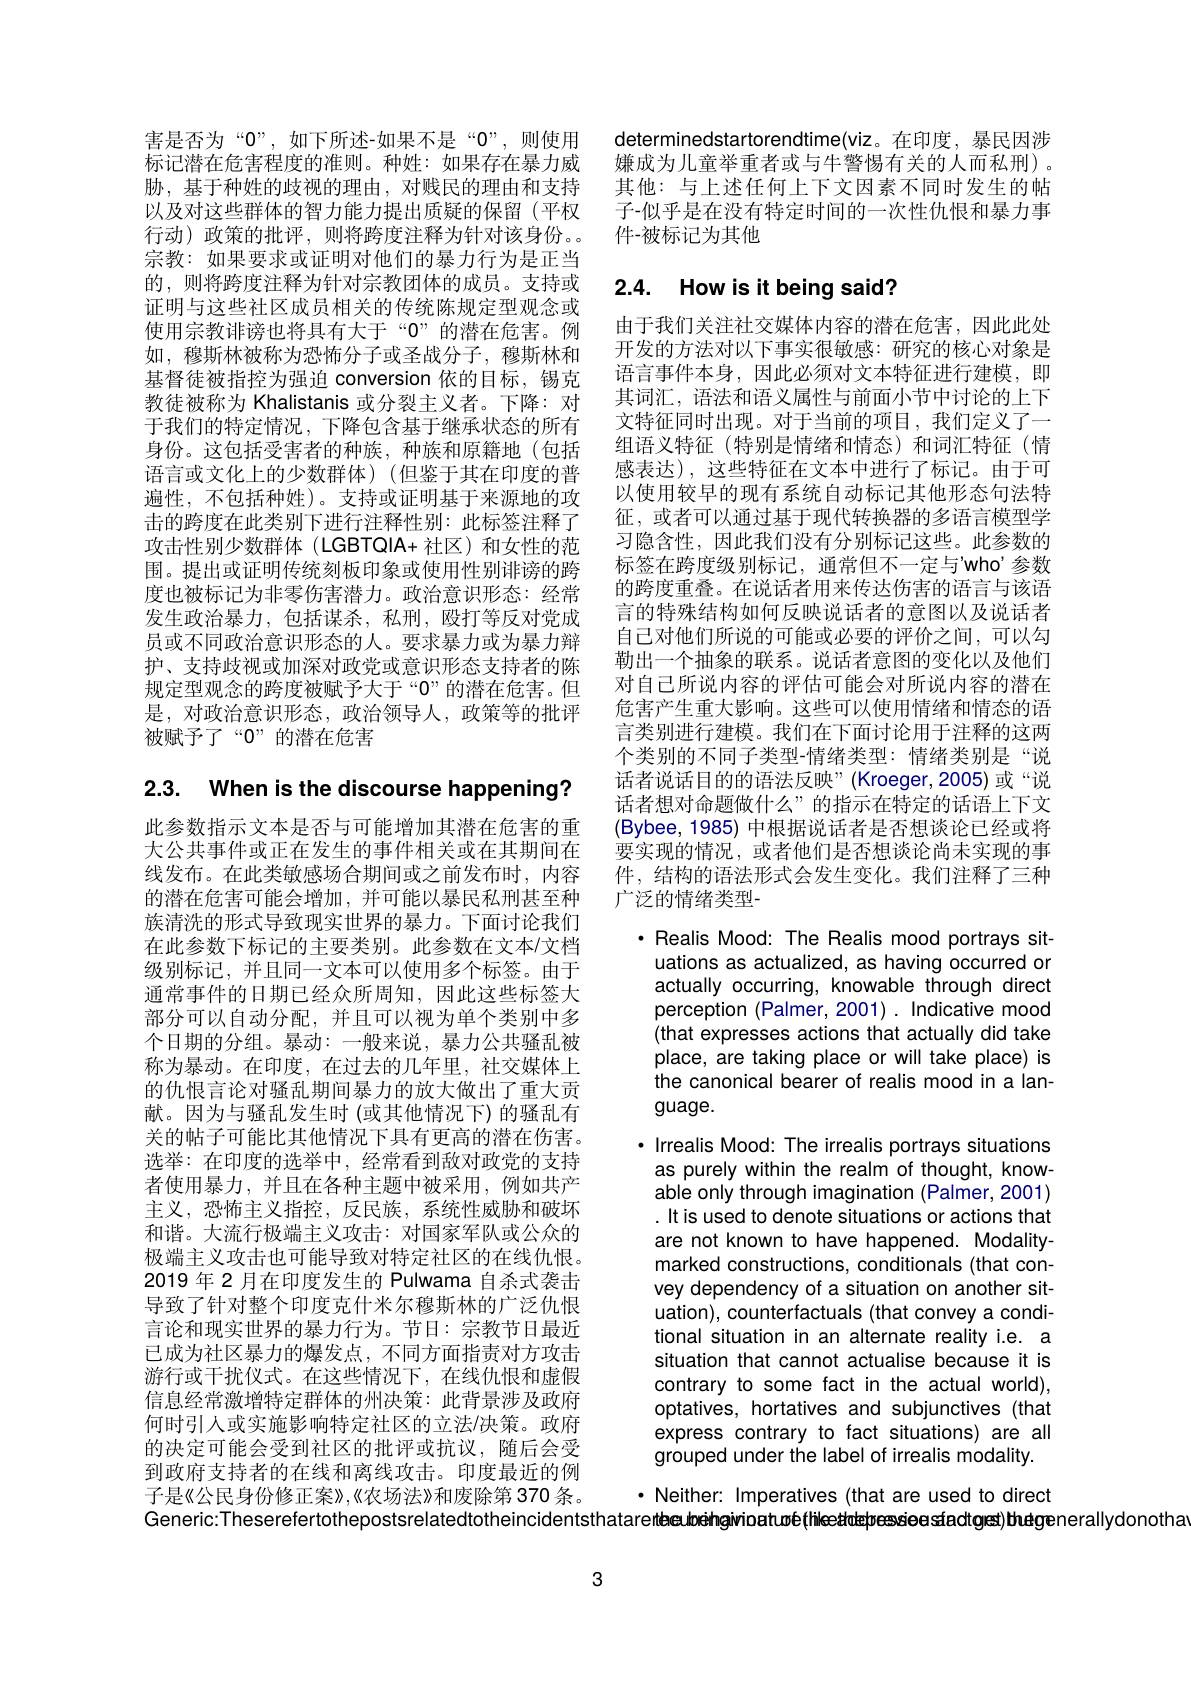
害是否为“0”,如下所述-如果不是“0”,则使用标记潜在危害程度的准则。种姓：如果存在暴力威胁，基于种姓的歧视的理由，对贱民的理由和支持以及对这些群体的智力能力提出质疑的保留(平权行动)政策的批评，则将跨度注释为针对该身份。。宗教：如果要求或证明对他们的暴力行为是正当的，则将跨度注释为针对宗教团体的成员。支持或证明与这些社区成员相关的传统陈规定型观念或使用宗教诽谤也将具有大于“0”的潜在危害。例如，穆斯林被称为恐怖分子或圣战分子，穆斯林和基督徒被指控为强迫 conversion 依的目标，锡克教徒被称为 Khalistanis 或分裂主义者。下降：对于我们的特定情况，下降包含基于继承状态的所有身份。这包括受害者的种族，种族和原籍地(包括语言或文化上的少数群体)(但鉴于其在印度的普遍性，不包括种姓)。支持或证明基于来源地的攻击的跨度在此类别下进行注释性别：此标签注释了攻击性别少数群体(LGBTQIA+社区)和女性的范围。提出或证明传统刻板印象或使用性别诽谤的跨度也被标记为非零伤害潜力。政治意识形态：经常发生政治暴力，包括谋杀，私刑，殴打等反对党成员或不同政治意识形态的人。要求暴力或为暴力辩护、支持歧视或加深对政党或意识形态支持者的陈规定型观念的跨度被赋予大于“$0”$的潜在危害。但是，对政治意识形态，政治领导人，政策等的批评被赋予了“$0”$的潜在危害

2.3. When is the discourse happening?

此参数指示文本是否与可能增加其潜在危害的重大公共事件或正在发生的事件相关或在其期间在线发布。在此类敏感场合期间或之前发布时，内容的潜在危害可能会增加，并可能以暴民私刑甚至种族清洗的形式导致现实世界的暴力。下面讨论我们在此参数下标记的主要类别。此参数在文本/文档级别标记，并且同一文本可以使用多个标签。由于通常事件的日期已经众所周知，因此这些标签大部分可以自动分配，并且可以视为单个类别中多个日期的分组。暴动：一般来说，暴力公共骚乱被称为暴动。在印度，在过去的几年里，社交媒体上的仇恨言论对骚乱期间暴力的放大做出了重大贡献。因为与骚乱发生时(或其他情况下)的骚乱有关的帖子可能比其他情况下具有更高的潜在伤害。选举：在印度的选举中，经常看到敌对政党的支持者使用暴力，并且在各种主题中被采用，例如共产主义，恐怖主义指控，反民族，系统性威胁和破坏和谐。大流行极端主义攻击：对国家军队或公众的极端主义攻击也可能导致对特定社区的在线仇恨。2019 年 2 月在印度发生的 Pulwama 自杀式袭击导致了针对整个印度克什米尔穆斯林的广泛仇恨言论和现实世界的暴力行为。节日：宗教节日最近已成为社区暴力的爆发点，不同方面指责对方攻击游行或干扰仪式。在这些情况下，在线仇恨和虚假信息经常激增特定群体的州决策：此背景涉及政府何时引人或实施影响特定社区的立法/决策。政府的决定可能会受到社区的批评或抗议，随后会受到政府支持者的在线和离线攻击。印度最近的例子是《公民身份修正案》,《农场法》和废除第 370 条。Generic:Theserefertothepostsrelatedtotheincidentsthatareitbea dreiheihgivioatu$\varpi$é(fiheeatdeptessiees sfactges) thuegenerallydonotha

determinedstartorendtime(viz。在印度，暴民因涉嫌成为儿童举重者或与牛警惕有关的人而私刑)。其他：与上述任何上下文因素不同时发生的帖子-似乎是在没有特定时间的一次性仇恨和暴力事件-被标记为其他

# 2.4. How is it being said?

由于我们关注社交媒体内容的潜在危害，因此此处开发的方法对以下事实很敏感：研究的核心对象是语言事件本身，因此必须对文本特征进行建模，即其词汇，语法和语义属性与前面小节中讨论的上下文特征同时出现。对于当前的项目，我们定义了一组语义特征(特别是情绪和情态)和词汇特征(情感表达),这些特征在文本中进行了标记。由于可以使用较早的现有系统自动标记其他形态句法特征，或者可以通过基于现代转换器的多语言模型学习隐含性，因此我们没有分别标记这些。此参数的标签在跨度级别标记，通常但不一定与'who’参数的跨度重叠。在说话者用来传达伤害的语言与该语言的特殊结构如何反映说话者的意图以及说话者自己对他们所说的可能或必要的评价之间，可以勾勒出一个抽象的联系。说话者意图的变化以及他们对自己所说内容的评估可能会对所说内容的潜在危害产生重大影响。这些可以使用情绪和情态的语言类别进行建模。我们在下面讨论用于注释的这两个类别的不同子类型-情绪类型：情绪类别是“说话者说话目的的语法反映”(Kroeger,2005)或“说话者想对命题做什么”的指示在特定的话语上下文(Bybee,1985) 中根据说话者是否想谈论已经或将要实现的情况，或者他们是否想谈论尚未实现的事件，结构的语法形式会发生变化。我们注释了三种广泛的情绪类型-

· Realis Mood: The Realis mood portrays situations as actualized, as having occurred or actually occurring, knowable through direct perception (Palmer,2001) .Indicative mood (that expresses actions that actually did take place, are taking place or will take place) is the canonical bearer of realis mood in a language.

· Irrealis Mood: The irrealis portrays situations as purely within the realm of thought, knowable only through imagination (Palmer, 2001) .It is used to denote situations or actions that are not known to have happened. Modalitymarked constructions, conditionals (that convey dependency of a situation on another situation), counterfactuals ( that convey a conditional situation in an alternate reality i.e. a situation that cannot actualise because it is contrary to some fact in the actual world), optatives, hortatives and subjunctives (that express contrary to fact situations) are all grouped under the label of irrealis modality.

· Neither: Imperatives (that are used to direct

3